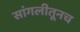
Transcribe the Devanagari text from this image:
सांगलीतूनच